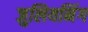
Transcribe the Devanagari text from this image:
जुलियनिंग